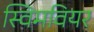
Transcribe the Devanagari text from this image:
स्विमवियर